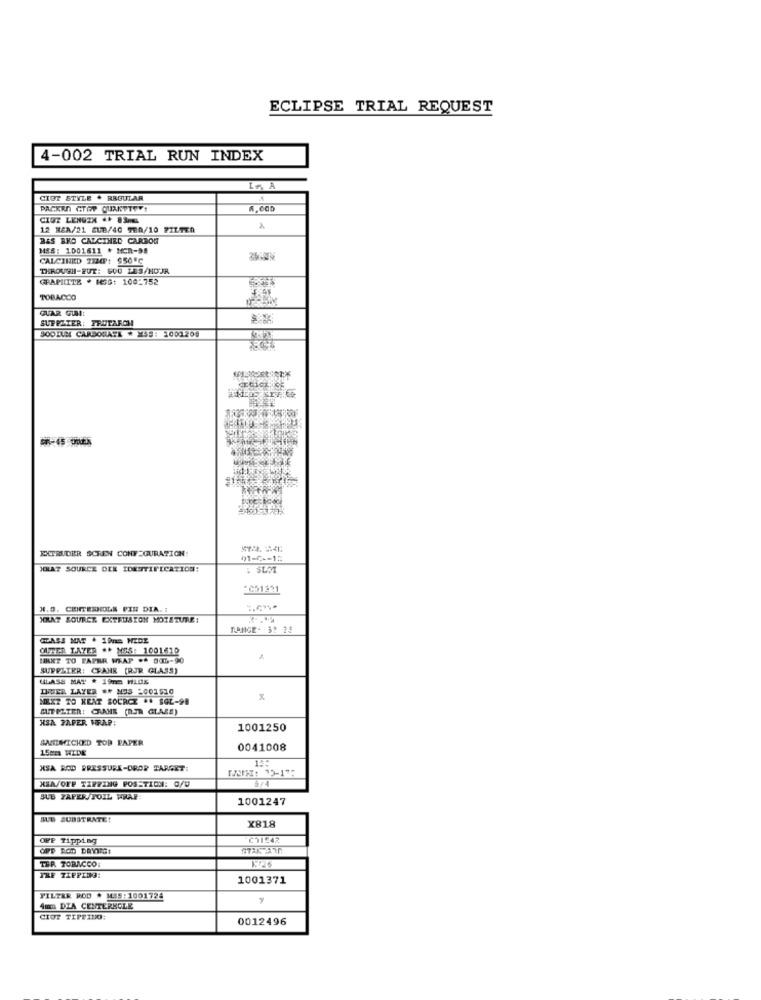
ECLIPSE TRIAL REQUEST
4-002 TRIAL RUN INDEX
Ln, A
CIGT STYLE . REGULAR
PACKEN CTOP QUANTTOY!
CIUT LENOZX .. 836
12 REA/21 CUB/40 TER/10 FILTER
A
BES BKD CALCIHED CARBON
MSS: 1001611 # MCR-58
CALCINED 2720P: 950 ℃
THROUGH-RUT: 6OU LES/HOJR
GRAPHITE . HOS: 100-752
TOBACCO
GUAR GUM:
SUPPETER: FRUTARON
SODIUM CARBONATE * SS: 1002209
EXTRUDER SCREN CONFIGURATION:
01-0 -- 18
JCHAT SOURCE DEE IDENTIFICATION:
2051321
N.B. CENTESHOLS PIN DIA. :
KRAT SOURCE EXTRUSION MOISTURE:
OUTER LAYER ** MES: 1001610
IRET TO FAPRA WRAP .* SIG-90
SUPPLIER: CRANE [RJR GLASS)
ULASS MAT . 19Te HLDS
DUER LAYER ## NOS 2001510
NEXT TO HEAT SOURCE .. SQL-98
GUTPETER! CHAHE (RJR GLAZE)
HSA PAPER WRAP:
1001250
SMEWICKED TOD PAPER
15mm WIDE
0041008
14:
XSA ROD PRESSURE-DROP TARGET:
XSA/OFF TIPPING POSSTION: 0/U
SUB PAPER FOIL WRAP:
1001247
SUB SUBSTRATE!
X818
OFP Tipping
OFP ROD DRYMG!
TER TOBACCO
THE TIPPING:
1001371
FILTER ROD . MAS : 1001724
Suma DIA CENTERKOLE
CIOT TIPFINO:
0012496